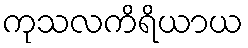
ကုသလကိရိယာယ